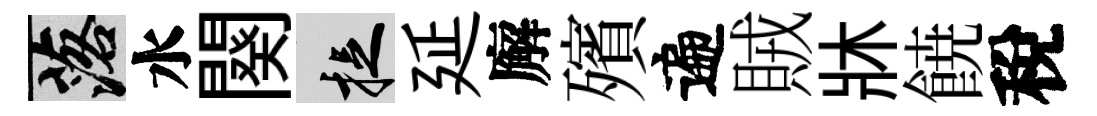
落水闋捉延廨殯遍賊牀𩜙稅